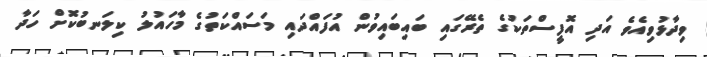
ވިދާޅުވިއެވެ އަދި އޮފީސްތަކުގެ ތެރޭގައި ބައިބައިވުން އުފައްދައި މަސައްކަތުގެ މާހައުލު ކިލަނބުކޮށް ހަދާ